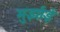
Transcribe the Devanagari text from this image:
मुर्झाई